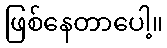
ဖြစ်နေတာပေါ့။